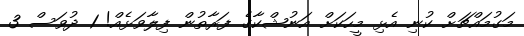
މަގުމައްޗަށް ކުނި އެޅި މީހަކަށް އަނުޝްކާގެ ފަރާތުން ފިލާވަޅެއް! 1 ދުވަސް 3